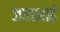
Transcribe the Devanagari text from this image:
जातभाई